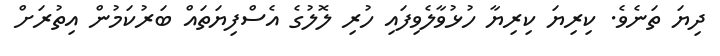
ދިޔަ ތަނެވެ. ކިރިޔަ ކިރިޔާ ހުޅުވާލެވިފައި ހުރި ލޮލުގެ އެސްފިޔަތައް ބަރުކަމުން އިތުރަށް